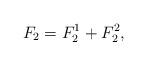
LaTeX: \begin{align*}F_2 = F_2^1+F_2^2,\end{align*}